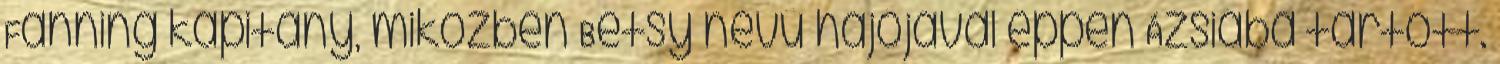
Fanning kapitány, miközben Betsy nevű hajójával éppen Ázsiába tartott.